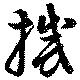
撼